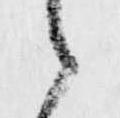
候